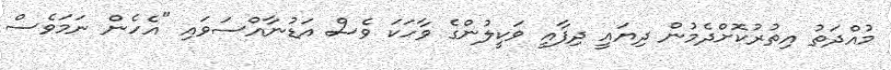
މުއްދަތު އިތުރުކޮށްދެމުން ދިޔައީ ދިފާއީ ވަކީލުންގެ ވާހަކަ ވެސް އަޑުނާއްސަވައި "އެހެން ނަމަވެސް